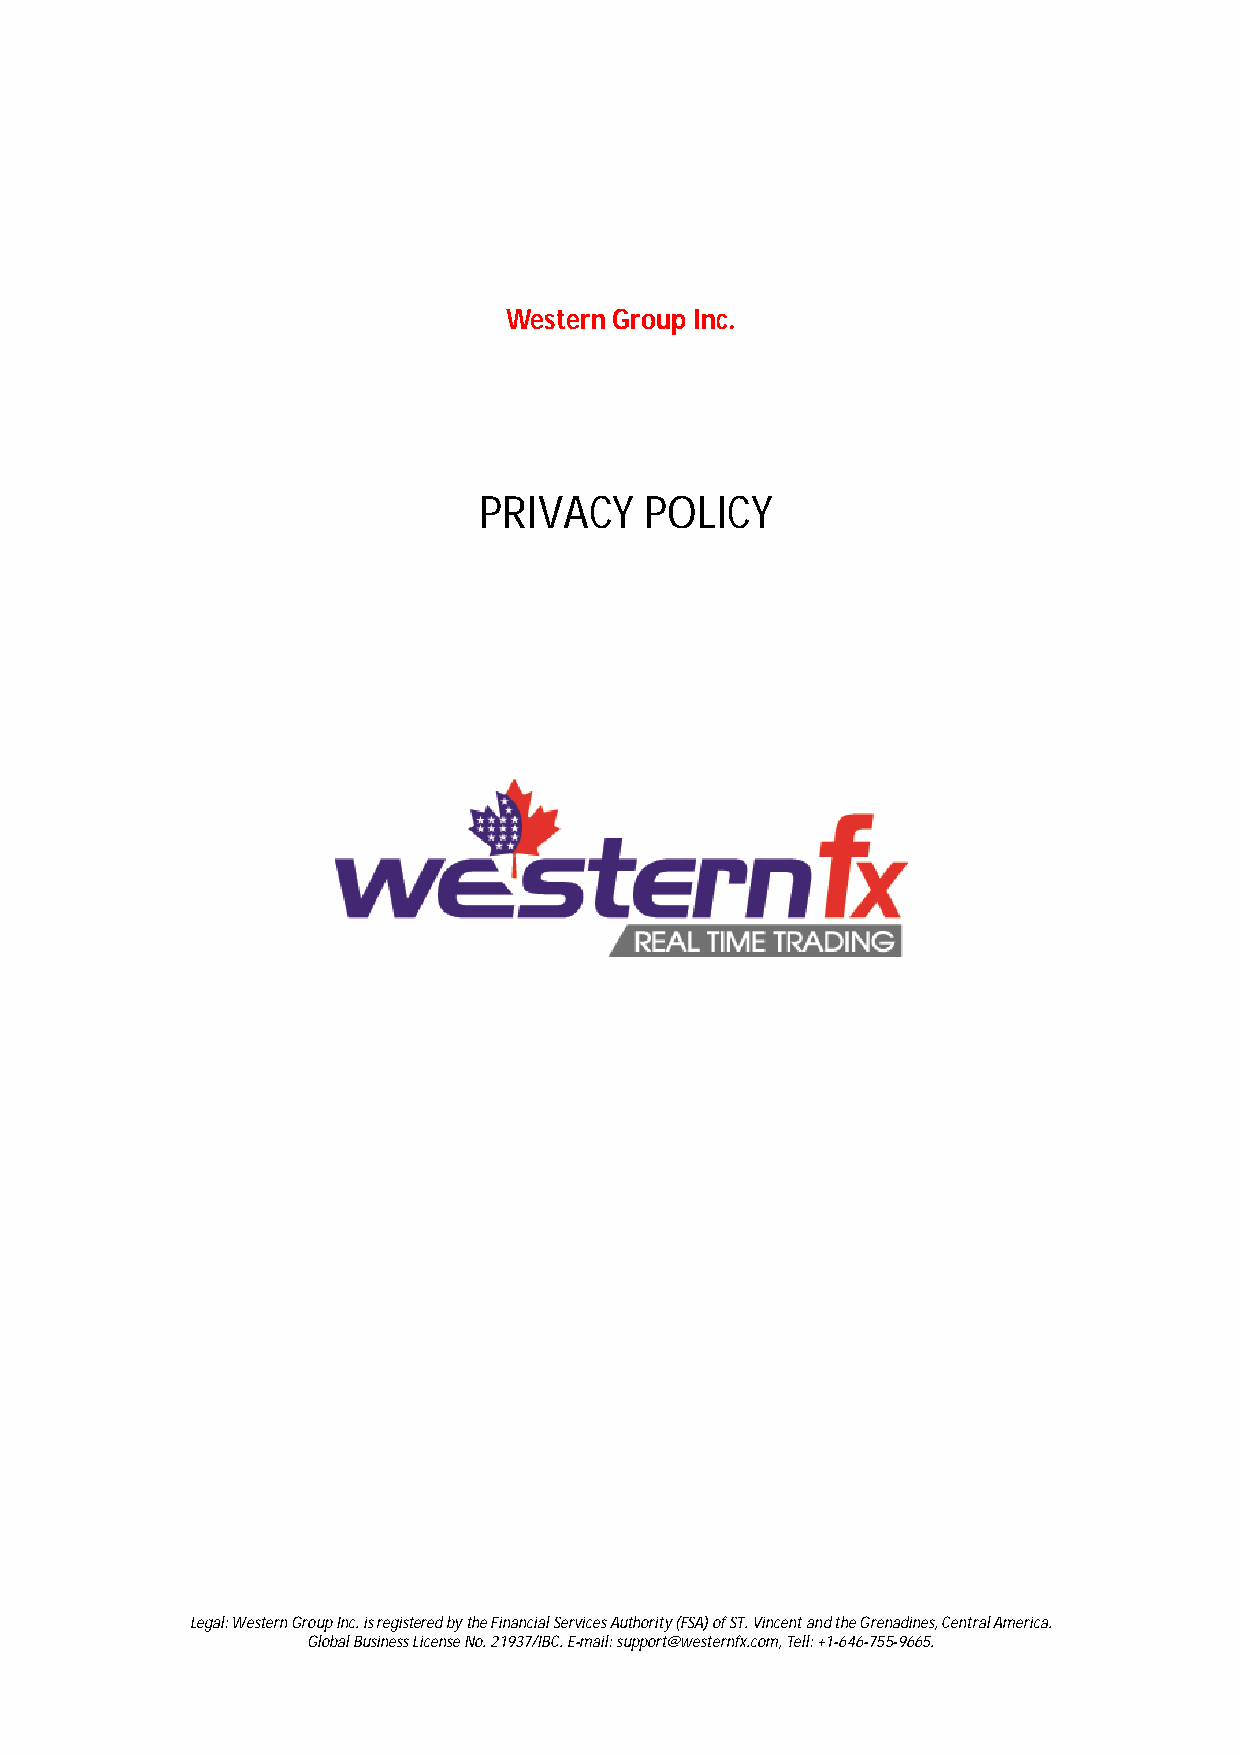
Western Group Inc.
 PRIVACY    POLICY
 Legal: Western Group Inc. is registered by the Financial Services Authority (FSA) of ST. Vincent and the Grenadines, Central America.
 Global Business License No. 21937/IBC. E-mail: support@westernfx.com, Tell: +1-646-755-9665.